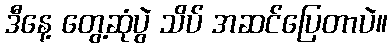
ဒီနေ့ တွေ့ဆုံပွဲ သိပ် အဆင်ပြေတာပဲ။